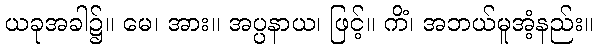
ယခုအခါ၌။ မေ၊ အား။ အပ္ပနာယ၊ ဖြင့်။ ကိံ၊ အဘယ်မူအံ့နည်း။